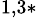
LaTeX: ^{1,3*}